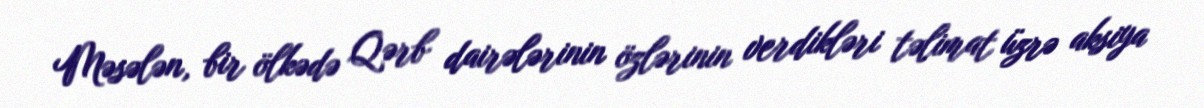
Məsələn, bir ölkədə Qərb dairələrinin özlərinin verdikləri təlimat üzrə aksiya